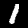
Label: 1